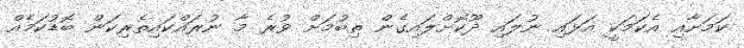
ކަމަށާއި އެކަމަކީ އަޅައި ނުލައި ދޫކޮށްލައިގެން ތިބުމަށް ވުރެ މާ ނުރައްކައިތެރިކަން ބޮޑުކަމެއް